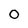
Character: 0